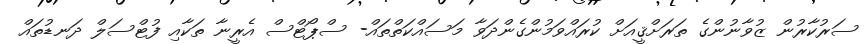
ސަރުކާރުން ޒުވާނުންގެ ތަރަށްޤީއަށް ކުރައްވަމުންގެންދަވާ މަސައްކަތްތައް- ސްޕޯޓްސް އެރީނާ ތަކާއި ފުޓްސަލް ދަނޑުތައް